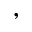
,